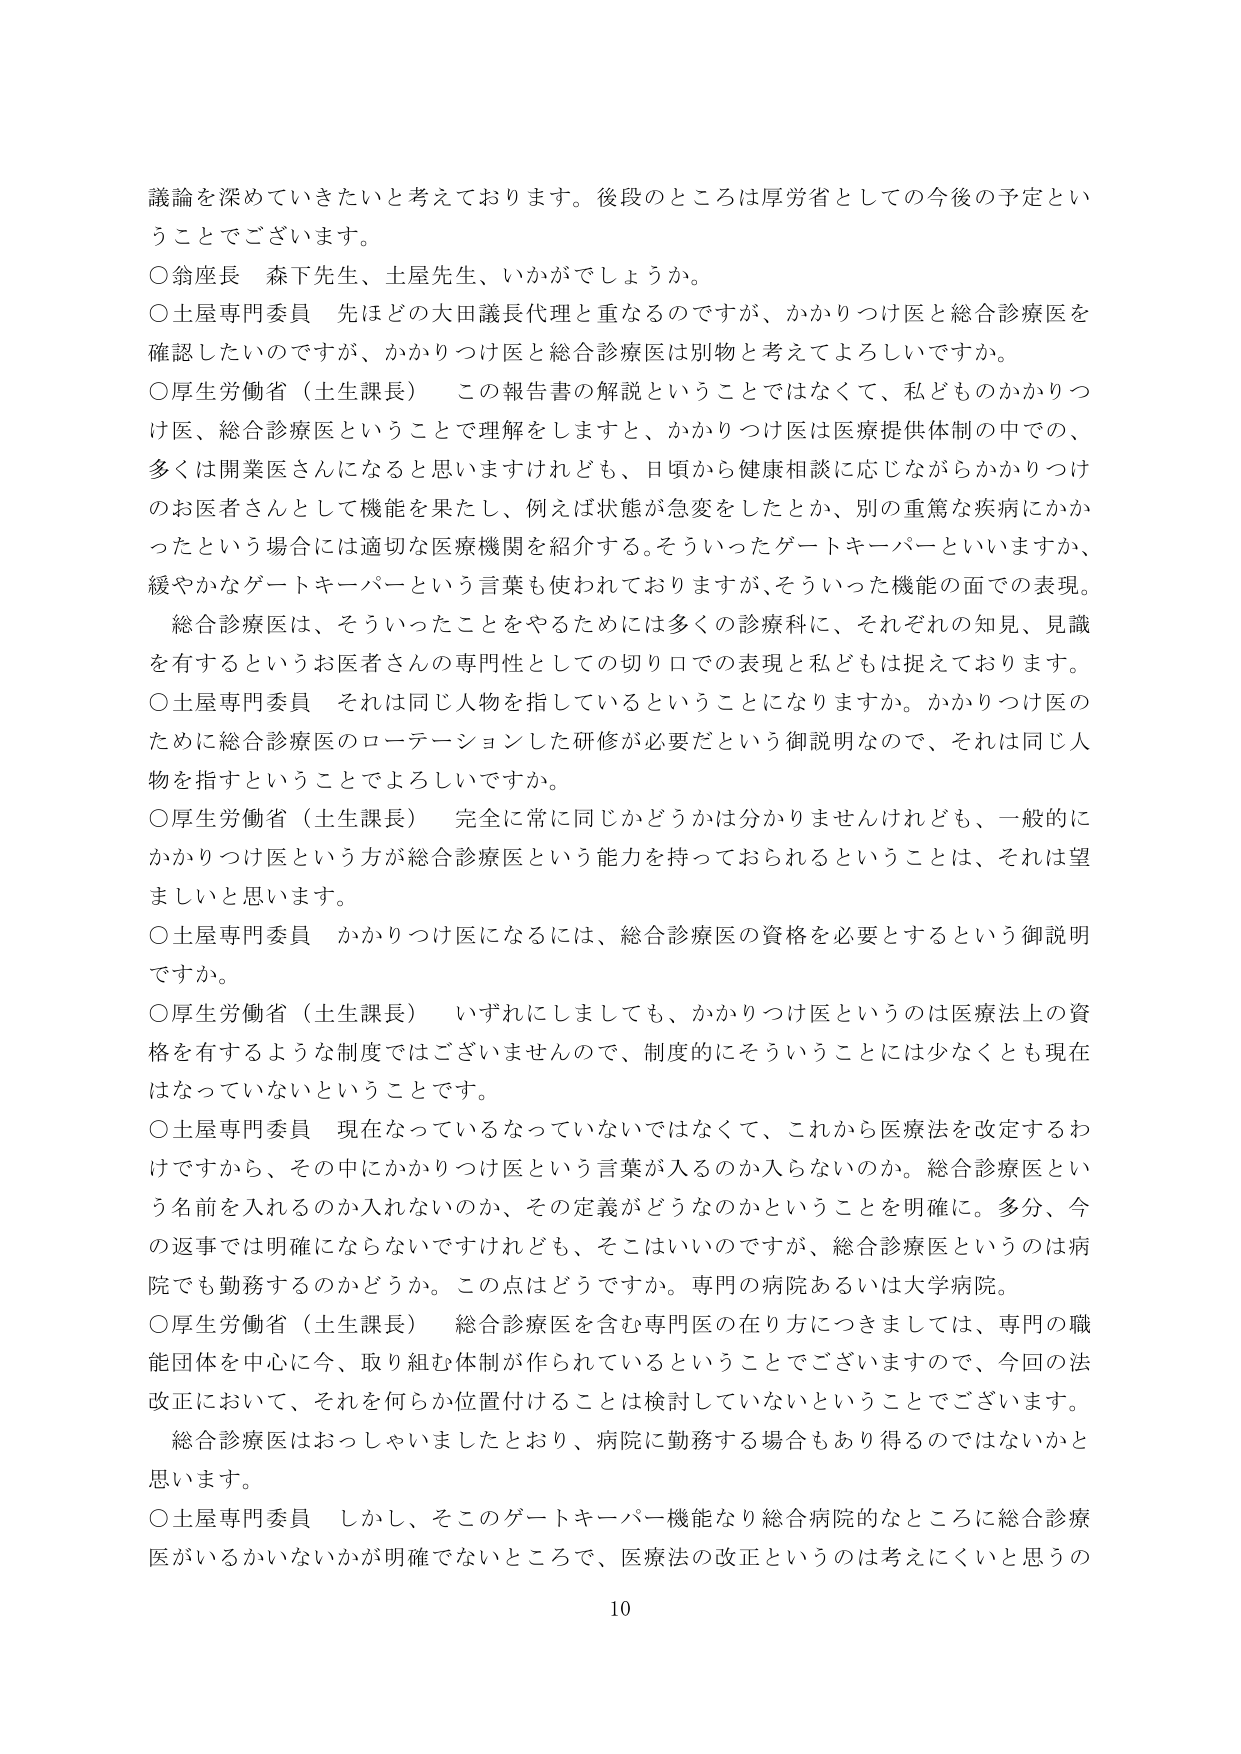
議論を深めていきたいと考えております。後段のところは厚労省としての今後の予定ということでございます。

○翁座長　森下先生、土屋先生、いかがでしょうか。

○土屋専門委員　先ほどの大田議長代理と重なるのですが、かかりつけ医と総合診療医を確認したいのですが、かかりつけ医と総合診療医は別物と考えてよろしいですか。

○厚生労働省（土生課長）　この報告書の解説ということではなくて、私どものかかりつけ医、総合診療医ということで理解をしますと、かかりつけ医は医療提供体制の中での、多くは開業医さんになると思いますけれども、日頃から健康相談に応じながらかかりつけのお医者さんとして機能を果たし、例えば状態が急変をしたとか、別の重篤な疾病にかかったという場合には適切な医療機関を紹介する。そういったゲートキーパーといいますか、緩やかなゲートキーパーという言葉も使われておりますが、そういった機能の面での表現。総合診療医は、そういったことをやるために多くの診療科に、それぞれの知見、見識を有するというお医者さんの専門性としての切り口での表現と私どもは捉えております。

○土屋専門委員　それは同じ人物を指しているということになりますか。かかりつけ医のために総合診療医のローテーションした研修が必要だという御説明なので、それは同じ人物を指すということでよろしいですか。

○厚生労働省（土生課長）　完全に常に同じかどうかは分かりませんけれども、一般的にかかりつけ医という方が総合診療医という能力を持っておられるということは、それは望ましいと思います。

○土屋専門委員　かかりつけ医になるには、総合診療医の資格を必要とするという御説明ですか。

○厚生労働省（土生課長）　いずれにしましても、かかりつけ医というのは医療法上の資格を有するような制度ではございませんので、制度的にそういうことには少なくとも現在はなっていないということです。

○土屋専門委員　現在なっているなっていないではなくて、これから医療法を改定するわけですから、その中にかかりつけ医という言葉が入るのか入らないのか。総合診療医という名前を入れるのか入れないのか、その定義がどうなのかということを明確に。多分、今の返事では明確にならないですけれども、そこはいいのですが、総合診療医というのは病院でも勤務するのかどうか。この点はどうですか。専門の病院あるいは大学病院。

○厚生労働省（土生課長）　総合診療医を含む専門医の在り方につきましては、専門の職能団体を中心に今、取り組む体制が作られているということでございますので、今回の法改正において、それを何らか位置付けることは検討していないということでございます。総合診療医はおっしゃいましたとおり、病院に勤務する場合もあり得るのではないかと思います。

○土屋専門委員　しかし、そこのゲートキーパー機能なり総合病院的なところに総合診療医がいるかいないかが明確でないところで、医療法の改正というのは考えにくいと思うの

10